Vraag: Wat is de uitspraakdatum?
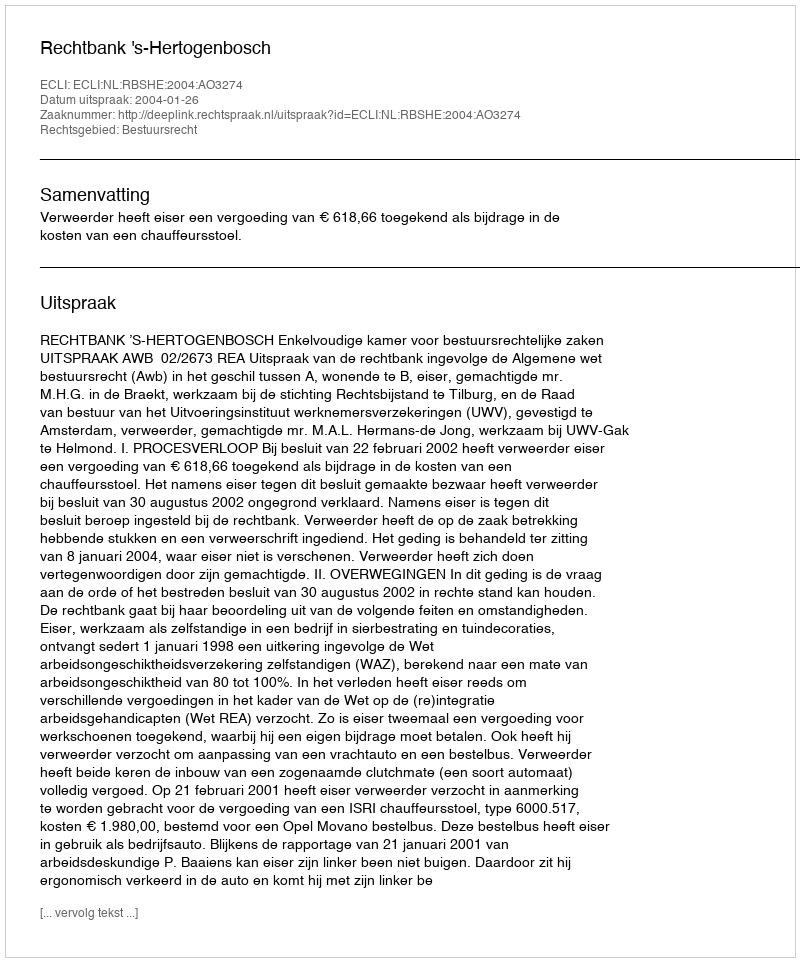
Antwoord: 2004-01-26